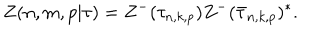
LaTeX: Z ( n , m , p | \tau ) = Z ^ { - } ( \tau _ { n , k , p } ) Z ^ { - } ( \bar { \tau } _ { n , k , p } ) ^ { * } .